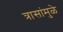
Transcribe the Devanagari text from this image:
त्रासांमुळे